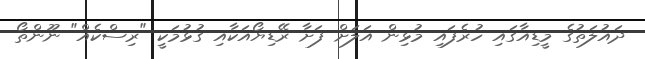
ދައުލަތުގެ މީޑިއާގައި ހުރެފައި މުޅިން އަލަށް ފަށާ ރޭޑިޔޯއަކާއި ގުޅުމަކީ "ރިސްކެއް" ނޫންތޯ